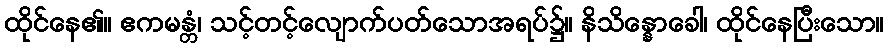
ထိုင်နေ၏။ ဧကမန္တံ၊ သင့်တင့်လျောက်ပတ်သောအရပ်၌။ နိသိန္နောခေါ၊ ထိုင်နေပြီးသော။